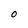
Character: O